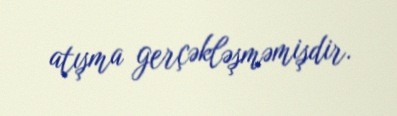
atışma gerçəkləşməmişdir.